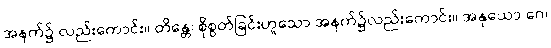
အနက်၌ လည်းကောင်း။ တိန္တေ၊ စိုစွတ်ခြင်းဟူသော အနက်၌လည်းကောင်း။ အနုယော ဂေ၊